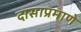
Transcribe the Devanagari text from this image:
दासाप्रमाणे